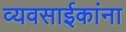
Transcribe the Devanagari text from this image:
व्यवसाईकांना